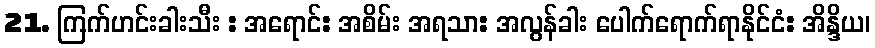
21. ကြက်ဟင်းခါးသီး : အရောင်: အစိမ်း အရသာ: အလွန်ခါး ပေါက်ရောက်ရာနိုင်ငံ: အိန္ဒိယ၊